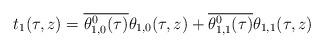
LaTeX: \begin{align*}t_1(\tau,z) = \overline{\theta_{1,0}^0(\tau)}\theta_{1,0}(\tau,z) + \overline{\theta_{1,1}^0(\tau)}\theta_{1,1}(\tau,z)\end{align*}